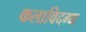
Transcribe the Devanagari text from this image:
कलाविदग्ध